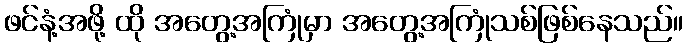
ဖင်နံ့အဖို့ ထို အတွေ့အကြုံမှာ အတွေ့အကြုံသစ်ဖြစ်နေသည်။